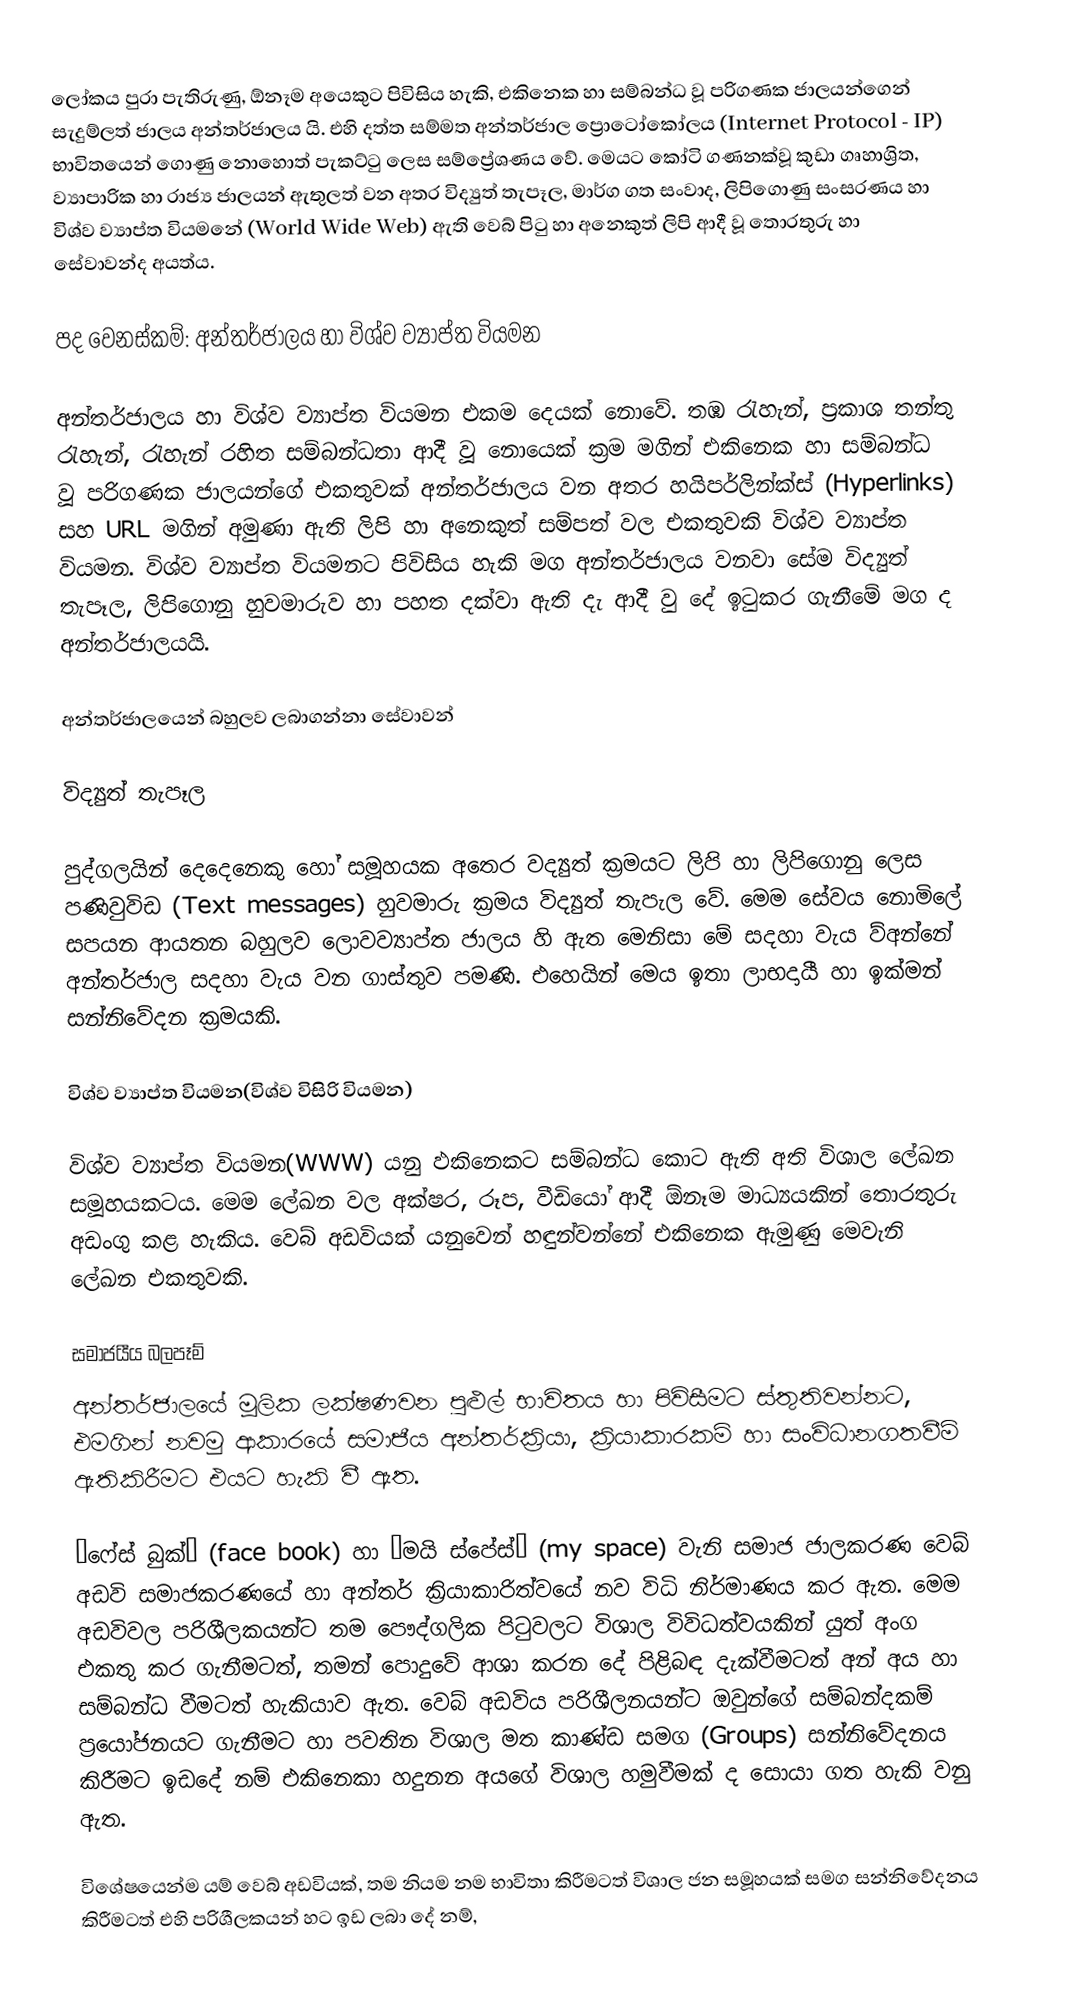
ලෝකය පුරා පැතිරුණු, ඕනෑම අයෙකුට පිවිසිය හැකි, එකිනෙක හා සම්බන්ධ වූ පරිගණක ජාලයන්ගෙන් සැදුම්ලත් ජාලය අන්තර්ජාලය යි. එහි දත්ත සම්මත අන්තර්ජාල ප්‍රොටෝකෝලය (Internet Protocol - IP) භාවිතයෙන් ගොණු නොහොත් පැකට්ටු ලෙස සම්ප්‍රේශණය වේ. මෙයට කෝටි ගණනක්වූ කුඩා ගෘහාශ්‍රිත, ව්‍යාපාරික හා රාජ්‍ය ජාලයන් ඇතුලත් වන අතර විද්‍යුත් තැපෑල, මාර්ග ගත සංවාද, ලිපිගොණු සංසරණය හා විශ්ව ව්‍යාප්ත වියමනේ (World Wide Web) ඇති වෙබ් පිටු හා අනෙකුත් ලිපි ආදී වූ තොරතුරු හා සේවාවන්ද අයත්ය.

පද වෙනස්කම්: අන්තර්ජාලය හා විශ්ව ව්‍යාප්ත වියමන

අන්තර්ජාලය හා විශ්ව ව්‍යාප්ත වියමන එකම දෙයක් නොවේ. තඹ රැහැන්, ප්‍රකාශ තන්තු රැහැන්, රැහැන් රහිත සම්බන්ධතා ආදී වූ නොයෙක් ක්‍රම‍ මගින් එකිනෙක හා සම්බන්ධ වූ පරිගණක ජාලයන්ගේ එකතුවක් අන්තර්ජාලය වන අතර හයිපර්ලින්ක්ස් (Hyperlinks) සහ URL මගින් අමුණා ඇති ලිපි හා අනෙකුත් සම්පත් වල එකතුවකි විශ්ව ව්‍යාප්ත වියමන. විශ්ව ව්‍යාප්ත වියමනට පිවිසිය හැකි මග අන්තර්ජාලය වනවා සේම විද්‍යුත් තැපෑල, ලිපිගොනු හුවමාරුව හා පහත දක්වා ඇති දැ ආදී වු දේ ඉටුකර ගැනීමේ මග ද අන්තර්ජාලයයි.

අන්තර්ජාලයෙන් බහුලව ලබාගන්නා සේවාවන්

විද්‍යුත් තැපෑල

පුද්ගලයින් දෙදෙනෙකු හෝ සමූහයක අතෙර වද්‍යුත‍‍් ක්‍රමයට ලිපි හා ලිපිගොනු ලෙස පණිවුවිඩ (Text messages) හුවමාරු ක්‍රමය විද්‍යුත් තැපැල වේ. මෙම සේවය නොමිලේ සපයන ආයතන බහුලව  ලො‌වව්‍යාප්ත ජාලය හි ඇත මෙනිසා මේ සදහා වැය ව්අන්නේ අන්තර්ජාල සදහා වැය වන ගාස්තුව පමණි. එහෙයින් මෙය ඉතා ලාභදායී හා ඉක්මන් සන්නිවේදන ක්‍රමයකි.

විශ්ව ව්‍යාප්ත වියමන(විශ්ව විසිරි වියමන)

විශ්ව ව්‍යාප්ත වියමන(WWW) යනු ඵකිනෙකට සම්බන්ධ කොට ඇති අති විශාල ලේඛන සමූහයකටය. මෙම‍ ලේඛන වල අක්ෂර, රූප, වීඩියෝ ආදී ඕනෑම මාධ්‍යයකින් තොරතුරු අඩංගු කළ හැකිය. වෙබ් අඩවියක් යනුවෙන් හඳුන්වන්නේ එකිනෙක ඇමුණු මෙවැනි ලේඛන එකතුවකි.

සමාජයීය බලපෑම්
අන්තර්ජාලයේ මූලික ලක්ෂණවන පුළුල් භාවිතය හා පිවිසීමට ස්තුතිවන්නට, එමගින් නවමු ආකාරයේ සමාජීය අන්තර්ක්‍රියා, ක්‍රියාකාරකම් හා සංවිධානගතවීම් ඇතිකිරීමට එයට හැකි වී ඇත.

“ෆේස් බුක්” (face book) හා “මයි ස්පේස්” (my space) වැනි සමාජ ජාලකරණ වෙබ් අඩවි සමාජකරණයේ හා අන්තර් ක්‍රියාකාරිත්වයේ නව විධි නිර්මාණය කර ඇත. මෙම අඩවිවල පරිශීලකයන්ට තම පෞද්ගලික පිටුවලට විශාල විවිධත්වයකින් යුත් අංග එකතු කර ගැනීමටත්, තමන් පොදුවේ ආශා කරන දේ පිළිබඳ දැක්වීමටත් අන් අය හා සම්බන්ධ වීමටත් හැකියාව ඇත. වෙබ් අඩවිය පරිශීලනයන්ට ඔවුන්ගේ සම්බන්දකම් ප්‍රයෝජනයට ගැනීමට හා පවතින විශාල මත කාණ්ඩ සමග (Groups) සන්නිවේදනය කිරීමට ඉඩදේ නම් එකිනෙකා හදුනන අයගේ විශාල හමුවීමක් ද සොයා ගත හැකි වනු ඇත.

විශේෂයෙන්ම යම් වෙබ් අඩවියක්, තම නියම නම භාවිතා කිරීමටත් විශාල ජන සමූහයක් සමග සන්නිවේදනය කිරීමටත් එහි පරිශීලකයන් හට ඉඩ ලබා දේ නම්,